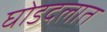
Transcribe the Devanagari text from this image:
घोडदलात